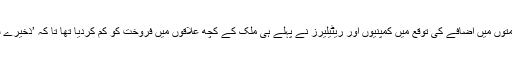
ان کا مزید کہنا تھا کہ قیمتوں میں اضافے کی توقع میں کمپنیوں اور ریٹیلیرز نے پہلے ہی ملک کے کچھ علاقوں میں فروخت کو کم کردیا تھا تا کہ ’ذخیرے سے فائدہ‘ اٹھایا جاسکے۔